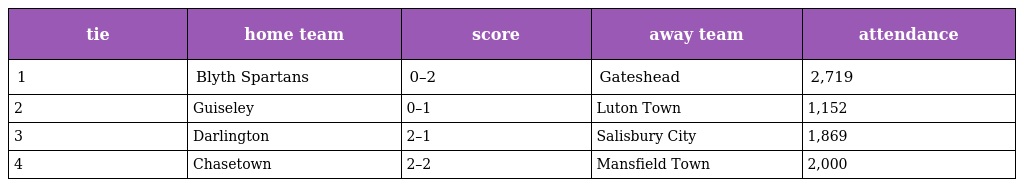
| tie | home team | score | away team | attendance |
 | --- | --- | --- | --- | --- |
 | 1 | Blyth Spartans | 0–2 | Gateshead | 2,719 |
 | 2 | Guiseley | 0–1 | Luton Town | 1,152 |
 | 3 | Darlington | 2–1 | Salisbury City | 1,869 |
 | 4 | Chasetown | 2–2 | Mansfield Town | 2,000 |